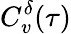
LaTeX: C_{v}^{\delta}(\tau)